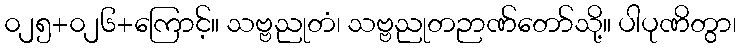
၀၂၅+၀၂၆+ကြောင့်။ သဗ္ဗညုတံ၊ သဗ္ဗညုတဉာဏ်တော်သို့။ ပါပုဏိတွာ၊